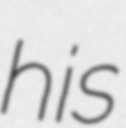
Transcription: his